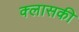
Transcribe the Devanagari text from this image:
क्लासकी